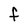
Character: F